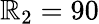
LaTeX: \mathbb{R}_{2}=90